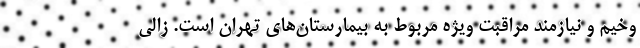
وخیم و نیازمند مراقبت ویژه مربوط به بیمارستان‌های تهران است. زالی